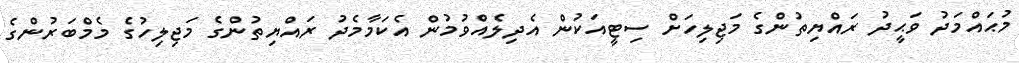
މުޙައްމަދު ވަޙީދު ރައްޔިތުންގެ މަޖިލިހަށް ސިޓީއަކުން އެދިލެއްވުމުން އެކަމާމެދު ރައްޔިތުންގެ މަޖިލިހުގެ މެމްބަރުންގެ